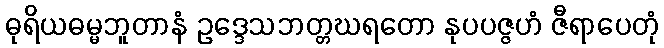
ဓုရိယဓမ္မဘူတာနံ ဥဒ္ဒေသဘတ္တဃရတော နုပပဇ္ဇဟံ ဇီရာပေတုံ